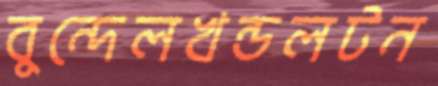
বুন্দেলখন্ডলটন